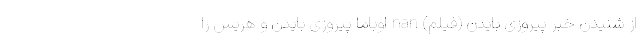
از شنیدن خبر پیروزی بایدن (فیلم) nan اوباما پیروزی بایدن و هریس را